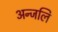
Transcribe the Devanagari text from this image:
अन्जलि